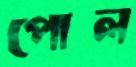
পোল